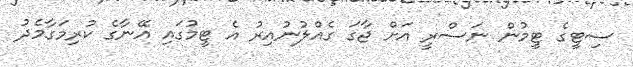
ސިޓީގެ ޓީމުން ނަސްރީ އަށް ޖާގަ ގެއްލުނުއިރު އެ ޓީމުގައި އޭނާގެ ކުރިމަގާމެދު